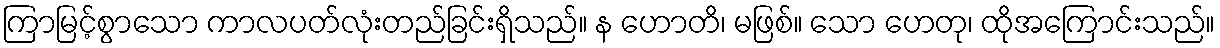
ကြာမြင့်စွာသော ကာလပတ်လုံးတည်ခြင်းရှိသည်။ န ဟောတိ၊ မဖြစ်။ သော ဟေတု၊ ထိုအကြောင်းသည်။